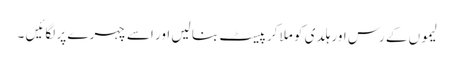
لیموں کے رس اور ہلدی کو ملا کر پیسٹ بنا لیں اور اسے چہرے پر لگائیں ۔